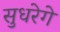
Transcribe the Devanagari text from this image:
सुधरेगे